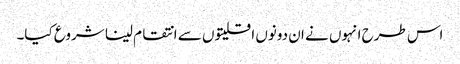
اس طرح انہوں نے ان دونوں اقلیتوں سے انتقام لینا شروع کیا۔